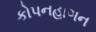
કોપનહાગન